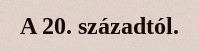
A 20. századtól.